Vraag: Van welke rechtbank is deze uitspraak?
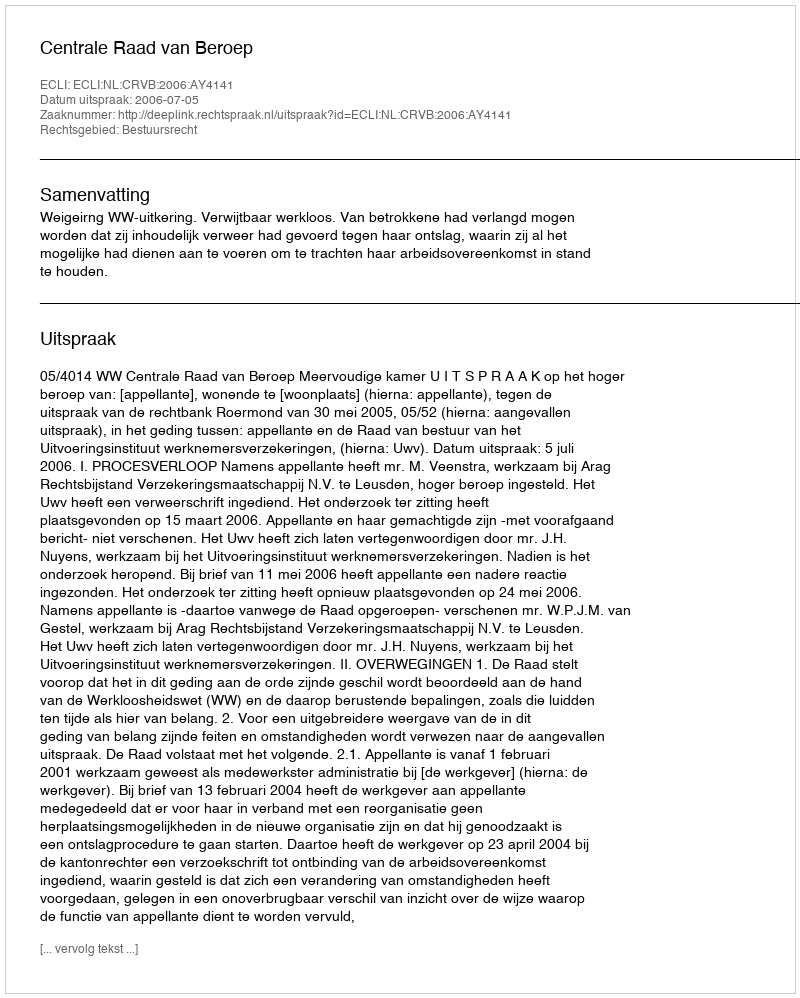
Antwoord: Centrale Raad van Beroep